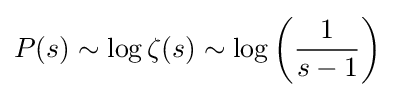
P(s)\sim \log \zeta (s)\sim \log \left({\frac {1}{s-1}}\right)